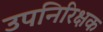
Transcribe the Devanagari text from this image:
उपनिरिक्षक